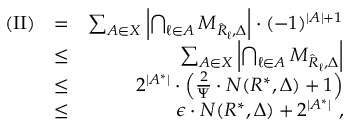
\begin{array} { r l r } { \mathrm { ( I I ) } } & { = } & { \sum _ { { \cal A } \in { \cal X } } \left| \bigcap _ { \ell \in { \cal A } } { \cal M } _ { \hat { R } _ { \ell } , \Delta } \right| \cdot ( - 1 ) ^ { | { \cal A } | + 1 } } \\ & { \leq } & { \sum _ { { \cal A } \in { \cal X } } \left| \bigcap _ { \ell \in { \cal A } } { \cal M } _ { \hat { R } _ { \ell } , \Delta } \right| } \\ & { \leq } & { 2 ^ { | { \cal A } ^ { * } | } \cdot \left( \frac { 2 } { \Psi } \cdot N ( { \cal R } ^ { * } , \Delta ) + 1 \right) } \\ & { \leq } & { \epsilon \cdot N ( { \cal R } ^ { * } , \Delta ) + 2 ^ { | { \cal A } ^ { * } | } \ , } \end{array}